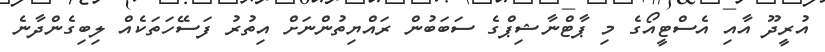
އުރީދޫ އާއި އެސްޓީއޯގެ މި ޕާޓްނާޝިޕްގެ ސަބަބުން ރައްޔިތުންނަށް އިތުރު ފަސޭހަތަކެއް ލިބިގެންދާނެ